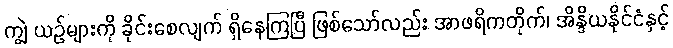
ကျွဲ ယဉ်များကို ခိုင်းစေလျက် ရှိနေကြပြီ ဖြစ်သော်လည်း အာဖရိကတိုက်၊ အိန္ဒိယနိုင်ငံနှင့်